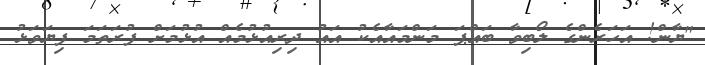
"ޔާން! އަހަރެންގެ ލޯބިވާ ބައްޕަ މަންމައާއެކު އައު ދިރިއުޅުމެއް އުޅުމަށް ފުރަތަމަ ފިޔަވަޅު